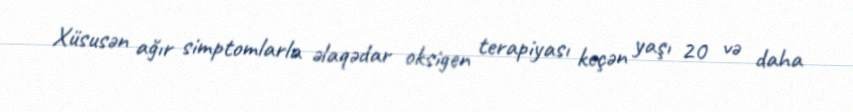
Xüsusən ağır simptomlarla əlaqədar oksigen terapiyası keçən yaşı 20 və daha